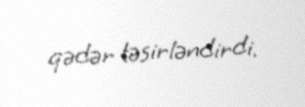
qədər təsirləndirdi.